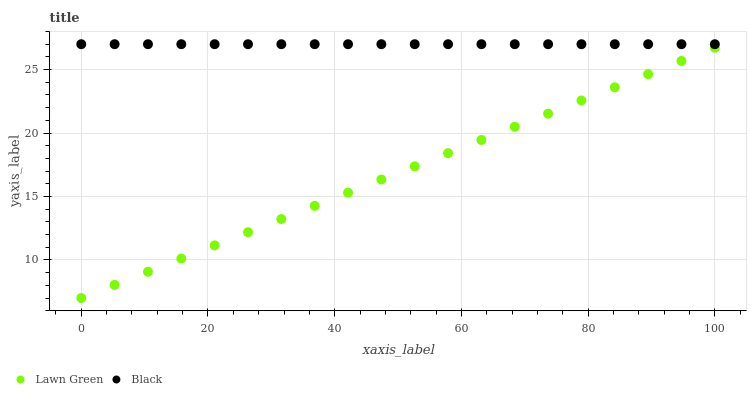
| xaxis_label | Lawn Green | Black |
 | --- | --- | --- |
 | 0 | 7 | 27 |
 | 5.26 | 8.04 | 27 |
 | 10.5 | 9.08 | 27 |
 | 15.8 | 10.1 | 27 |
 | 21.1 | 11.2 | 27 |
 | 26.3 | 12.2 | 27 |
 | 31.6 | 13.2 | 27 |
 | 36.8 | 14.3 | 27 |
 | 42.1 | 15.3 | 27 |
 | 47.4 | 16.3 | 27 |
 | 52.6 | 17.4 | 27 |
 | 57.9 | 18.4 | 27 |
 | 63.2 | 19.5 | 27 |
 | 68.4 | 20.5 | 27 |
 | 73.7 | 21.5 | 27 |
 | 78.9 | 22.6 | 27 |
 | 84.2 | 23.6 | 27 |
 | 89.5 | 24.6 | 27 |
 | 94.7 | 25.7 | 27 |
 | 100 | 26.7 | 27 |